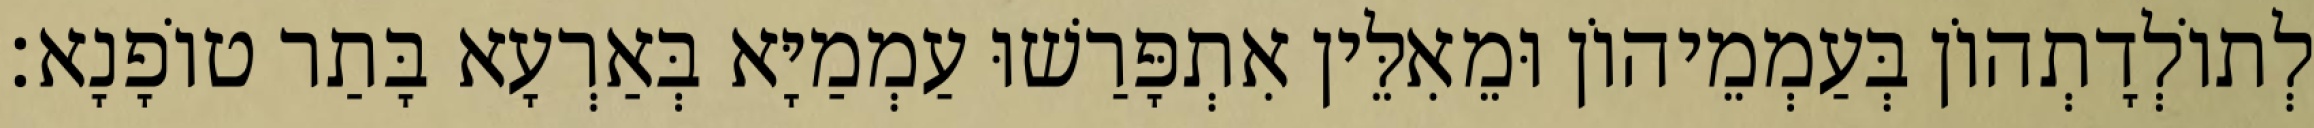
לְתוֹלְדָתְהוֹן בְּעַמְמֵיהוֹן וּמֵאִלֵּין אִתְפָּרַשׁוּ עַמְמַיָּא בְּאַרְעָא בָּתַר טוֹפָנָא׃